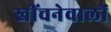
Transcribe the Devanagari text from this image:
खींचनेवालों